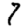
Digit: 7